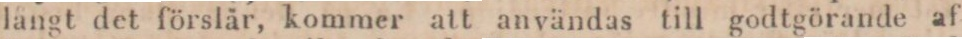
långt det förslår, kommer att användas till godtgörande af